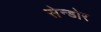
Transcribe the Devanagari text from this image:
सेन्डोर